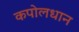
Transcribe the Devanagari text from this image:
कपोलधान